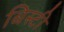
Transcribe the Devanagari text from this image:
बिस्टी